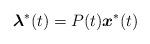
LaTeX: \begin{align*} \boldsymbol{{\lambda}}^\ast(t)= P(t) \boldsymbol{x}^\ast(t) \end{align*}